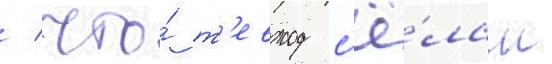
/ что́ т'евход с'ё́лам